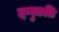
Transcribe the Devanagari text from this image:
दप्पुकळि